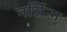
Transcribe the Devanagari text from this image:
नर्सिन्ग